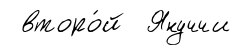
второ́й Януччи